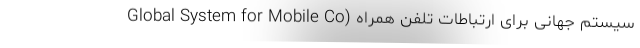
سیستم جهانی برای ارتباطات تلفن همراه (Global System for Mobile Co